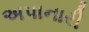
અપાનારી